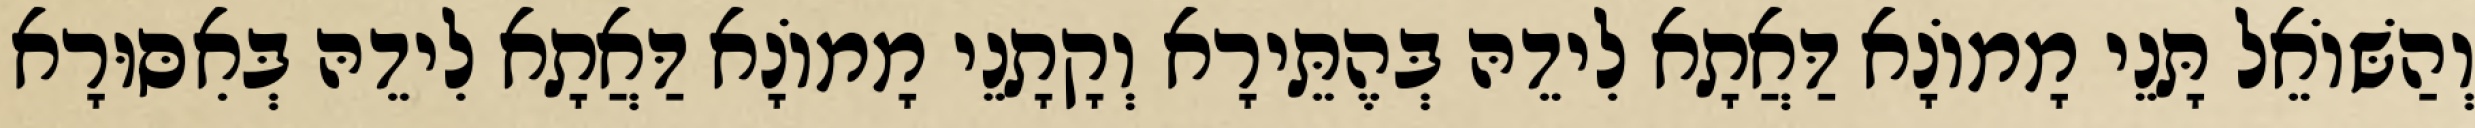
וְהַשּׁוֹאֵל תָּנֵי מָמוֹנָא דַּאֲתָא לִידֵהּ בְּהֶתֵּירָא וְקָתָנֵי מָמוֹנָא דַּאֲתָא לִידֵהּ בְּאִסּוּרָא